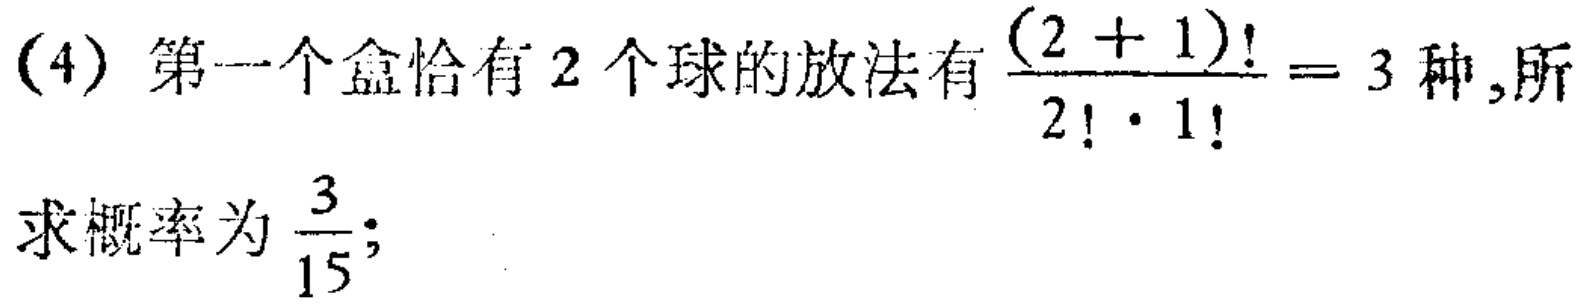
(4) 第一个盒恰有$2$个球的放法有$\frac{(2 + 1)!}{2!\cdot1!}= 3$种, 所求概率为$\frac{3}{15}$;